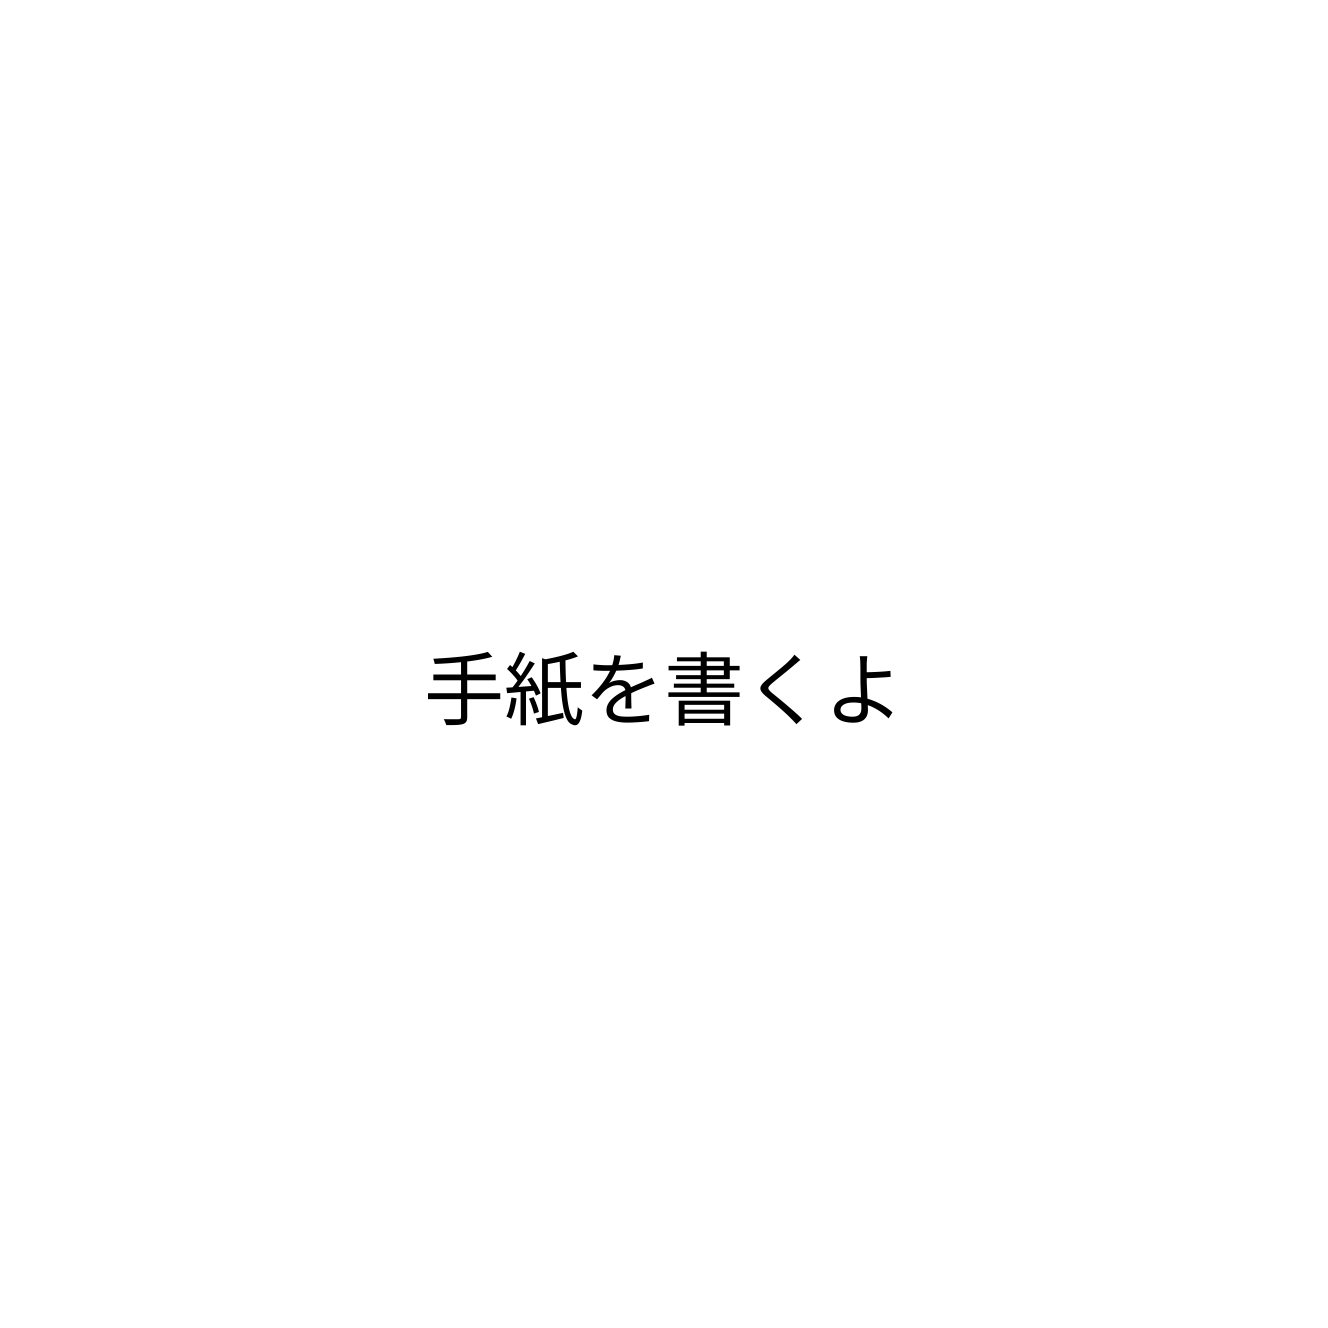
手紙を書くよ